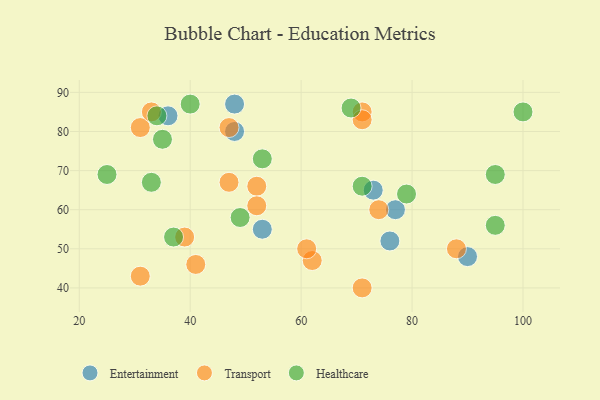
{"axis": {"x": "GDP", "y": "Life Expectancy"}, "legend": ["Entertainment", "Healthcare", "Transport"], "data": [{"x": "76", "y": 52, "type": "Entertainment"}, {"x": "36", "y": 84, "type": "Entertainment"}, {"x": "90", "y": 48, "type": "Entertainment"}, {"x": "48", "y": 80, "type": "Entertainment"}, {"x": "77", "y": 60, "type": "Entertainment"}, {"x": "48", "y": 87, "type": "Entertainment"}, {"x": "73", "y": 65, "type": "Entertainment"}, {"x": "53", "y": 55, "type": "Entertainment"}, {"x": "74", "y": 60, "type": "Transport"}, {"x": "71", "y": 85, "type": "Transport"}, {"x": "39", "y": 53, "type": "Transport"}, {"x": "71", "y": 83, "type": "Transport"}, {"x": "31", "y": 81, "type": "Transport"}, {"x": "62", "y": 47, "type": "Transport"}, {"x": "47", "y": 67, "type": "Transport"}, {"x": "52", "y": 66, "type": "Transport"}, {"x": "41", "y": 46, "type": "Transport"}, {"x": "33", "y": 85, "type": "Transport"}, {"x": "47", "y": 81, "type": "Transport"}, {"x": "52", "y": 61, "type": "Transport"}, {"x": "31", "y": 43, "type": "Transport"}, {"x": "71", "y": 40, "type": "Transport"}, {"x": "88", "y": 50, "type": "Transport"}, {"x": "61", "y": 50, "type": "Transport"}, {"x": "49", "y": 58, "type": "Healthcare"}, {"x": "34", "y": 84, "type": "Healthcare"}, {"x": "69", "y": 86, "type": "Healthcare"}, {"x": "79", "y": 64, "type": "Healthcare"}, {"x": "40", "y": 87, "type": "Healthcare"}, {"x": "100", "y": 85, "type": "Healthcare"}, {"x": "37", "y": 53, "type": "Healthcare"}, {"x": "35", "y": 78, "type": "Healthcare"}, {"x": "25", "y": 69, "type": "Healthcare"}, {"x": "71", "y": 66, "type": "Healthcare"}, {"x": "33", "y": 67, "type": "Healthcare"}, {"x": "53", "y": 73, "type": "Healthcare"}, {"x": "95", "y": 69, "type": "Healthcare"}, {"x": "95", "y": 56, "type": "Healthcare"}]}